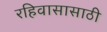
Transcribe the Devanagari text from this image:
रहिवासासाठी